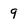
Character: 9